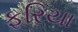
ફરિયા